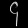
Digit: ၄